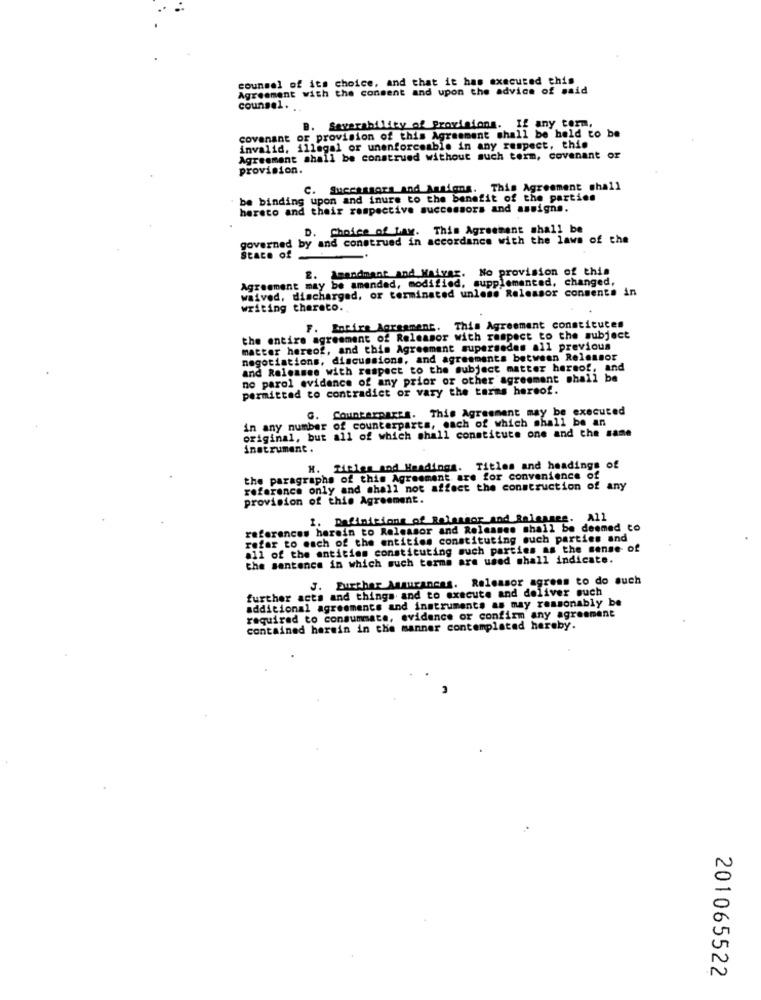
counsel of its choice, and that it has executed this
Agreement with the consent and upon the advice of said
counsel.
or provision of this Agreement shall be held to be
B. Severability of Provisions. If any term,
invalid, illegal or unenforceable in any respect, this
Agreement shall be construed without such term, covenant or
provision.
. Successors and Aantions. This Agreement shall
be binding upon and inure to the benefit of the parties
hereto and their respective successors and assigna.
D. Choice of Law. This Agreement shall be
governed by and construed in accordance with the laws of the
State of
E. Amandmant and Maivar. No provision of this
Agreement may be amended, modified, supplemented, changed,
waived, discharged, or terminated unless Relessor consente in
writing thereto.
F. Entire Agreement. This Agreement constitutes
the entire agreement of Releasor with respect to the subject
matter hereof, and this Agreement supersedes all previous
negotiations, discussions, and agreements between Relensor
and Releasee with respect to the subject matter hersof, and
no parol evidence of any prior or other agreement shall be
permitted to contradict or vary the terms hereof.
G. Counterparts. This Agreement may be executed
in any number of counterparts, each of which shall be an
original, but all of which shall constitute one and the same
instrument .
.Titles and Headings. Titles and headings of
the paragraphs of this Agreement are for convenience of
reference only and shall not affect the construction of a
provision of this Agreement.
1. Definitions of Relasgor and Releases. All
references herein to Ralessor and Releasee shall be deemed to
refer to each of the entities constituting such parties and
all of the entities constituting much parties as the sense of
the sentence in which such terme are used shall indicate.
J. Further Assurances. Releasor agrees to do such
further acts and things and to execute and deliver such
additional agreements and instruments as may reasonably be
required to consummate, evidence or confirm any agreement
contained herein in the manner contemplated hereby.
201065522